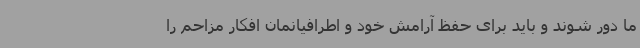
ما دور شوند و باید برای حفظ آرامش خود و اطرافیانمان افکار مزاحم را